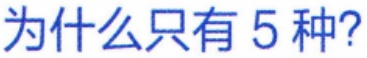
为什么只有5种?